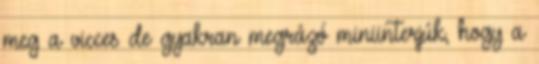
meg a vicces de gyakran megrázó miniinterjúk, hogy a